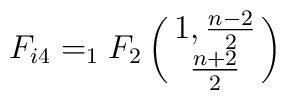
F_{i4}=_{1}F_{2}\pmatrix{ 1, \frac{n-2}{2}\cr\frac{n+2}{2}\cr}